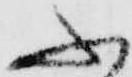
ふ